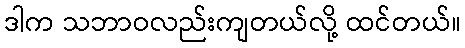
ဒါက သဘာဝလည်းကျတယ်လို့ ထင်တယ်။